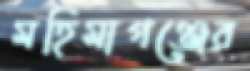
মহিমাগঞ্জের